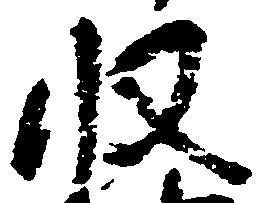
収